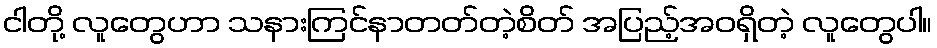
ငါတို့ လူတွေဟာ သနားကြင်နာတတ်တဲ့စိတ် အပြည့်အဝရှိတဲ့ လူတွေပါ။